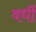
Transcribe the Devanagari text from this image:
वर्धी